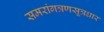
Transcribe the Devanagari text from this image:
समरांगत्रणसूत्रधार